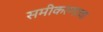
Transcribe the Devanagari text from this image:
समीकरणाचा